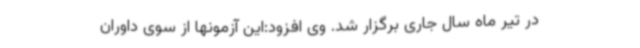
در تیر ماه سال جاری برگزار شد. وی افزود:این آزمونها از سوی داوران